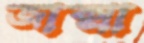
জাক্সা